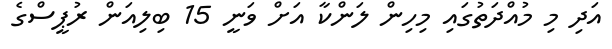
އަދި މި މުއްދަތުގައި މިހިން ލަންކާ އަށް ވަނީ 15 ބިލިއަން ރުޕީސްގެ